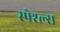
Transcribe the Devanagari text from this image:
स्पेश्ल्स